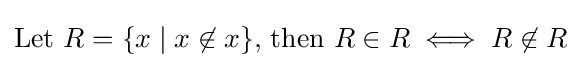
{\text{Let }}R=\{x\mid x\not \in x\}{\text{, then }}R\in R\iff R\not \in R